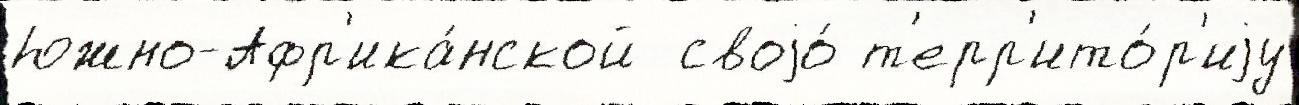
Южно-Афр'ика́нской  своjо́ т'ерр'ито́р'иjу